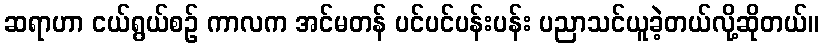
ဆရာဟာ ငယ်ရွယ်စဉ် ကာလက အင်မတန် ပင်ပင်ပန်းပန်း ပညာသင်ယူခဲ့တယ်လို့ဆိုတယ်။